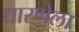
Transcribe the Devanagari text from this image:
धारणेला